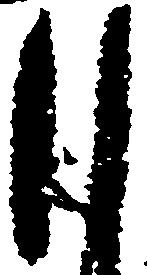
自